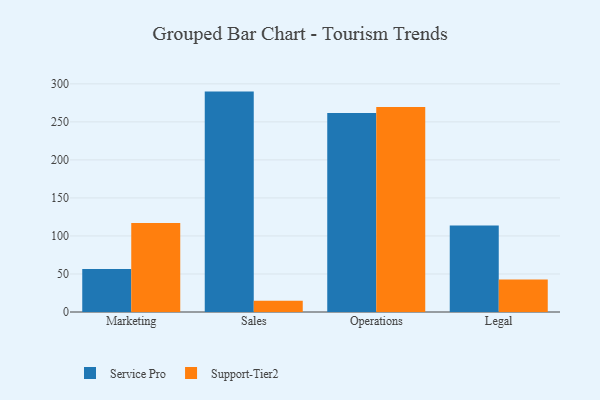
{"axis": {"x": "Department", "y": "Bounce Rate (%)"}, "legend": ["Service Pro", "Support-Tier2"], "data": [{"x": "Marketing", "y": 56.7, "type": "Service Pro"}, {"x": "Marketing", "y": 117.0, "type": "Support-Tier2"}, {"x": "Sales", "y": 289.8, "type": "Service Pro"}, {"x": "Sales", "y": 14.9, "type": "Support-Tier2"}, {"x": "Operations", "y": 261.6, "type": "Service Pro"}, {"x": "Operations", "y": 269.7, "type": "Support-Tier2"}, {"x": "Legal", "y": 113.6, "type": "Service Pro"}, {"x": "Legal", "y": 42.7, "type": "Support-Tier2"}]}